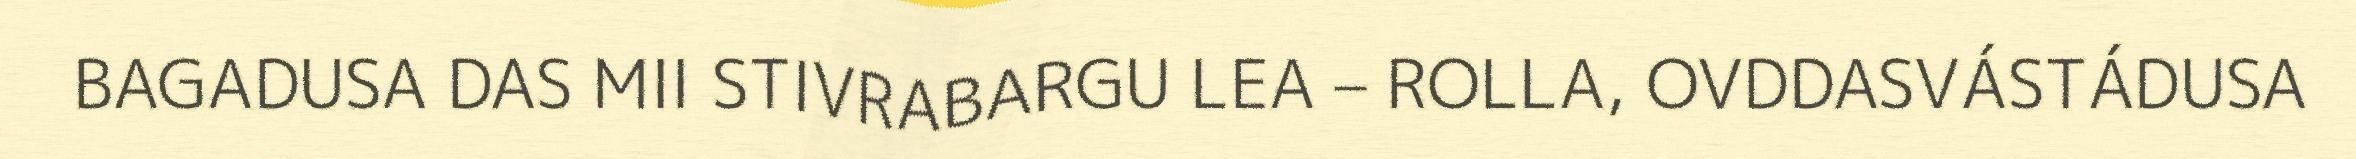
BAGADUSA DAS MII STIVRABARGU LEA – ROLLA, OVDDASVÁSTÁDUSA